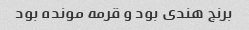
برنج هندی بود و قرمه مونده بود